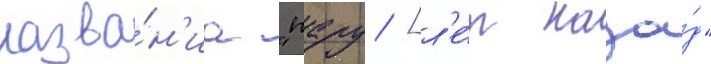
назва́н'иа "пару [л'е́т наза́д"